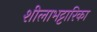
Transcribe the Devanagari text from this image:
शीलाभट्टारिका